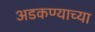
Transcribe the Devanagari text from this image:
अडकण्याच्या